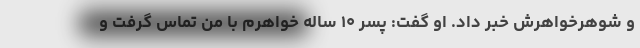
و شوهرخواهرش خبر داد. او گفت: پسر ۱۰ ساله خواهرم با من تماس گرفت و